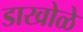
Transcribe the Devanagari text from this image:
डाखोळे